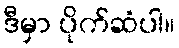
ဒီမှာ ပိုက်ဆံပါ။